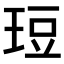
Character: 𪻡